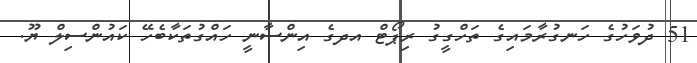
51 ދުވަހުގެ ހަނގުރާމައިގެ ތަހްގީގު ރިޕޯޓް އދގެ އިންސާނީ ހައްގުތަކާބެހޭ ކައުންސިލް ޔޫ.